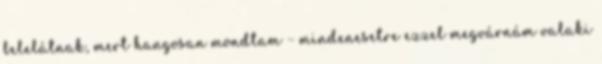
belelátnak, mert hangosan mondtam – mindenesetre ezzel megvárnám valaki